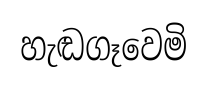
හැඬගෑවෙමි